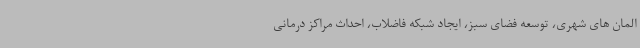
المان های شهری، توسعه فضای سبز، ایجاد شبکه فاضلاب، احداث مراکز درمانی